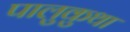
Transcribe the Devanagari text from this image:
पालुकुथा